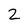
Character: 2